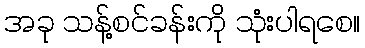
အခု သန့်စင်ခန်းကို သုံးပါရစေ။